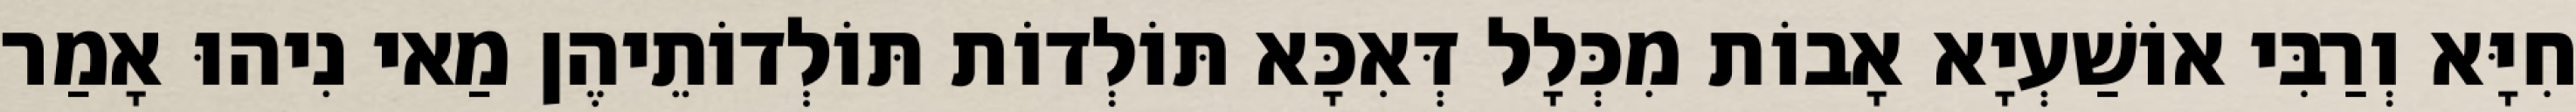
חִיָּא וְרַבִּי אוֹשַׁעְיָא אָבוֹת מִכְּלָל דְּאִכָּא תּוֹלְדוֹת תּוֹלְדוֹתֵיהֶן מַאי נִיהוּ אָמַר